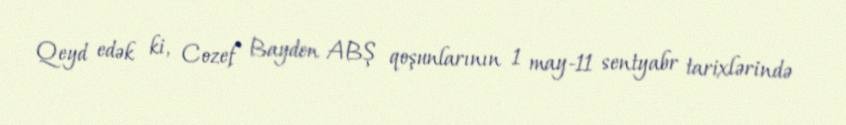
Qeyd edək ki, Cozef Bayden ABŞ qoşunlarının 1 may-11 sentyabr tarixlərində